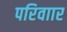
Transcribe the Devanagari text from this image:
परिवाार